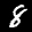
Label: 8